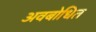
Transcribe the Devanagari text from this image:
अवबोधित